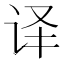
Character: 译